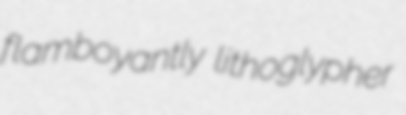
flamboyantly lithoglypher